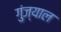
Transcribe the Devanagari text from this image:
गुंज्याल